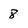
Character: 8